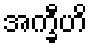
အက္ခီဟိ